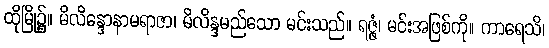
ထိုမြို့၌။ မိလိန္ဒောနာမရာဇာ၊ မိလိန္ဒမည်သော မင်းသည်။ ရဇ္ဇံ၊ မင်းအဖြစ်ကို။ ကာရေသိ၊